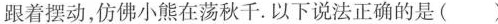
跟着摆动，仿佛小熊在荡秋千。以下说法正确的是( )